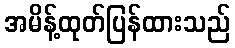
အမိန့်ထုတ်ပြန်ထားသည်